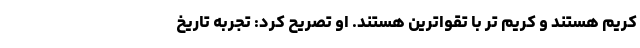
کریم هستند و کریم تر با تقواترین هستند. او تصریح کرد: تجربه تاریخ